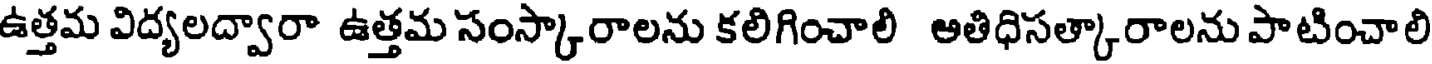
ఉత్తమ విద్యలద్వారా ఉత్తమ సంస్కారాలను కలిగించాలి అతిధిసత్కారాలను పాటించాలి